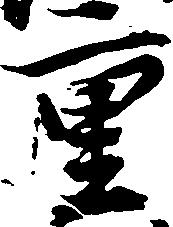
重